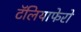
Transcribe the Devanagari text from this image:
टॅलियाफेरो